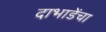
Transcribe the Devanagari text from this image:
दाभाडेंचा